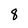
Character: 8